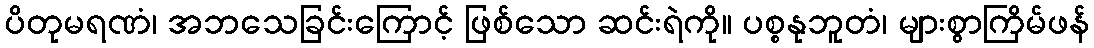
ပိတုမရဏံ၊ အဘသေခြင်းကြောင့် ဖြစ်သော ဆင်းရဲကို။ ပစ္စနုဘူတံ၊ များစွာကြိမ်ဖန်